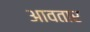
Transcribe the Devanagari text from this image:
आवतार